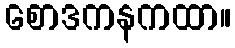
စောဒကနကထာ။